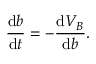
\frac { \mathrm { d } b } { \mathrm { d } t } = - \frac { \mathrm { d } V _ { B } } { \mathrm { d } b } .